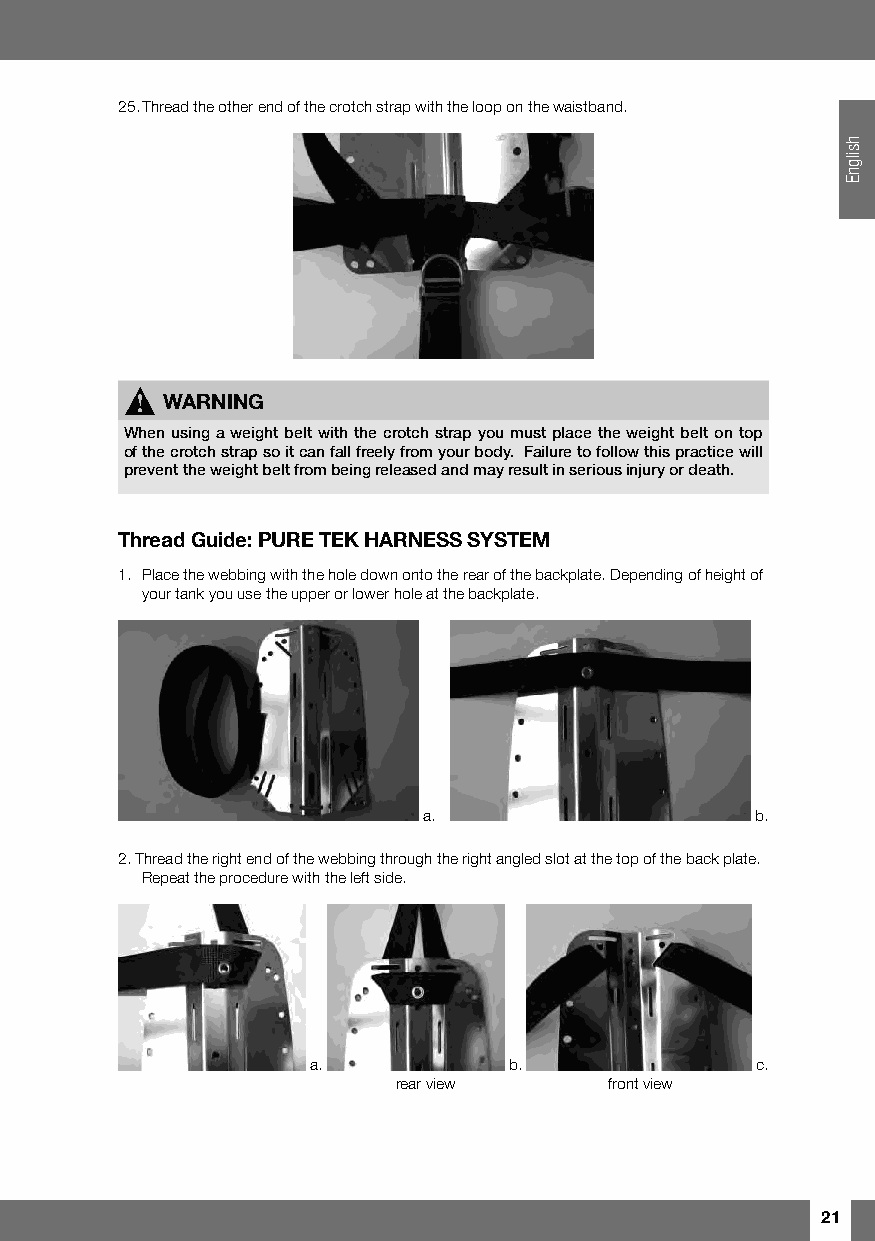
25. Thread the other end of the crotch strap with the loop on the waistband.
 !  WARNING
 When using a weight belt with the crotch strap you must place the weight belt on top
 of the crotch strap so it can fall freely from your body. Failure to follow this practice will
 prevent the weight belt from being released and may result in serious injury or death.
 Thread Guide: PURE TEK HARNESS SYSTEM
 1. Place the webbing with the hole down onto the rear of the backplate. Depending of height of
 your tank you use the upper or lower hole at the backplate.
 a.                    b.
 2. Thread the right end of the webbing through the right angled slot at the top of the back plate.
 Repeat the procedure with the left side.
 a.           b.              c.
 rear view     front view
 21
 hsilgnE